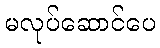
မလုပ်ဆောင်ပေ